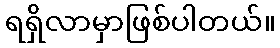
ရရှိလာမှာဖြစ်ပါတယ်။